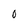
Character: 0